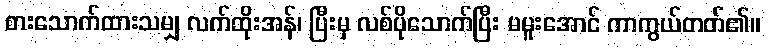
စားသောက်ထားသမျှ လက်ထိုးအန်၊ ပြီးမှ လစ်ပိုသောက်ပြီး မမူးအောင် ကာကွယ်တတ်၏။